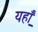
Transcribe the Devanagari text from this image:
यहा़ँ